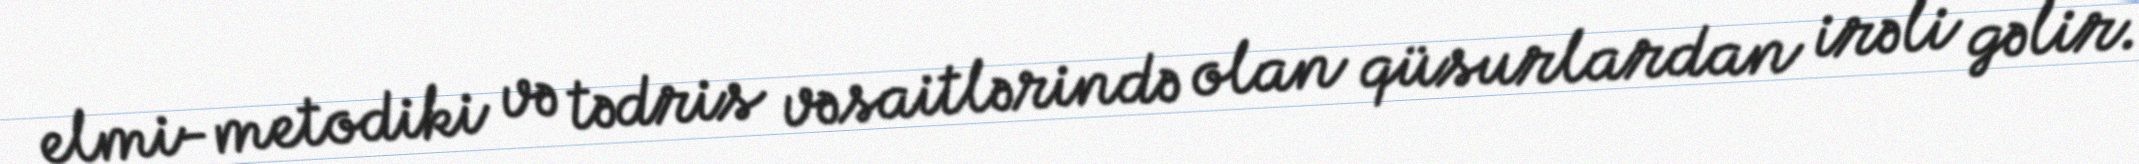
elmi-metodiki və tədris vəsaitlərində olan qüsurlardan irəli gəlir.